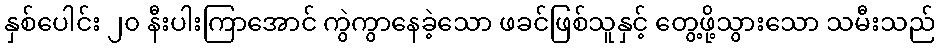
နှစ်ပေါင်း ၂၀ နီးပါးကြာအောင် ကွဲကွာနေခဲ့သော ဖခင်ဖြစ်သူနှင့် တွေ့ဖို့သွားသော သမီးသည်